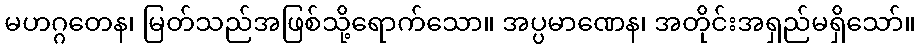
မဟဂ္ဂတေန၊ မြတ်သည်အဖြစ်သို့ရောက်သော။ အပ္ပမာဏေန၊ အတိုင်းအရှည်မရှိသော်။